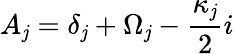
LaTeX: A_{\mathit{j}}=\delta_{\mathit{j}}+\Omega_{\mathit{j}}-\frac{{\kappa_{\mathit{j}}}}{{2}}i